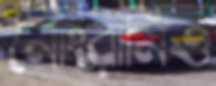
নোংরামিও